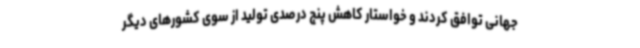
جهانی توافق کردند و خواستار کاهش پنج درصدی تولید از سوی کشورهای دیگر